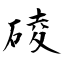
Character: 碐